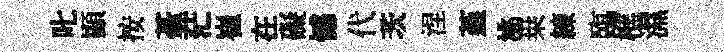
叱顯按䑓茫崔在礙憾代茨涅堇洮桒練臨樵濕